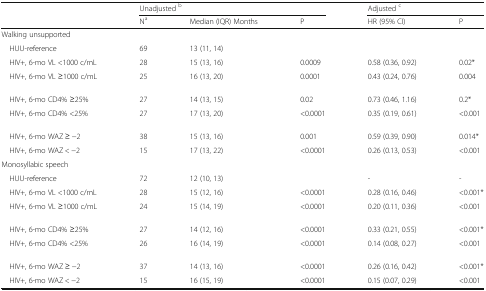
<table><thead><tr><td></td><td colspan="3"><b>Unadjusted <sup>b</sup></b></td><td colspan="2"><b>Adjusted <sup>c</sup></b></td></tr><tr><td></td><td><b>N<sup>a</sup></b></td><td><b>Median (IQR) Months</b></td><td><b>P</b></td><td><b>HR (95% CI)</b></td><td><b>P</b></td></tr></thead><tbody><tr><td colspan="6">Walking unsupported</td></tr><tr><td> HUU-reference</td><td>69</td><td>13 (11, 14)</td><td></td><td></td><td></td></tr><tr><td> HIV+, 6-mo VL &lt;1000 c/mL</td><td>28</td><td>15 (13, 16)</td><td>0.0009</td><td>0.58 (0.36, 0.92)</td><td>0.02*</td></tr><tr><td> HIV+, 6-mo VL ≥1000 c/mL</td><td>25</td><td>16 (13, 20)</td><td>0.0001</td><td>0.43 (0.24, 0.76)</td><td>0.004</td></tr><tr><td> HIV+, 6-mo CD4% ≥25%</td><td>27</td><td>14 (13, 15)</td><td>0.02</td><td>0.73 (0.46, 1.16)</td><td>0.2*</td></tr><tr><td> HIV+, 6-mo CD4% &lt;25%</td><td>27</td><td>17 (13, 20)</td><td>&lt;0.0001</td><td>0.35 (0.19, 0.61)</td><td>&lt;0.001</td></tr><tr><td> HIV+, 6-mo WAZ ≥ −2</td><td>38</td><td>15 (13, 16)</td><td>0.001</td><td>0.59 (0.39, 0.90)</td><td>0.014*</td></tr><tr><td> HIV+, 6-mo WAZ &lt; −2</td><td>15</td><td>17 (13, 22)</td><td>&lt;0.0001</td><td>0.26 (0.13, 0.53)</td><td>&lt;0.001</td></tr><tr><td colspan="6">Monosyllabic speech</td></tr><tr><td> HUU-reference</td><td>72</td><td>12 (10, 13)</td><td></td><td>-</td><td>-</td></tr><tr><td> HIV+, 6-mo VL &lt;1000 c/mL</td><td>28</td><td>15 (12, 16)</td><td>&lt;0.0001</td><td>0.28 (0.16, 0.46)</td><td>&lt;0.001*</td></tr><tr><td> HIV+, 6-mo VL ≥1000 c/mL</td><td>24</td><td>15 (14, 19)</td><td>&lt;0.0001</td><td>0.20 (0.11, 0.36)</td><td>&lt;0.001</td></tr><tr><td> HIV+, 6-mo CD4% ≥25%</td><td>27</td><td>14 (12, 16)</td><td>&lt;0.0001</td><td>0.33 (0.21, 0.55)</td><td>&lt;0.001*</td></tr><tr><td> HIV+, 6-mo CD4% &lt;25%</td><td>26</td><td>16 (14, 19)</td><td>&lt;0.0001</td><td>0.14 (0.08, 0.27)</td><td>&lt;0.001</td></tr><tr><td> HIV+, 6-mo WAZ ≥ −2</td><td>37</td><td>14 (13, 16)</td><td>&lt;0.0001</td><td>0.26 (0.16, 0.42)</td><td>&lt;0.001*</td></tr><tr><td> HIV+, 6-mo WAZ &lt; −2</td><td>15</td><td>16 (15, 19)</td><td>&lt;0.0001</td><td>0.15 (0.07, 0.29)</td><td>&lt;0.001</td></tr></tbody></table>